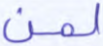
لمن